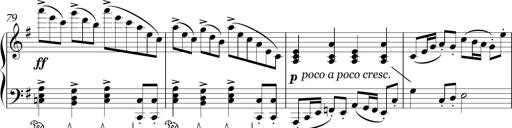
Title: Sonatina in E minor
Composer: Shuwen Zhang
Key: E minor